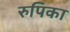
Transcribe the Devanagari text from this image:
रुपिका